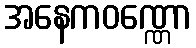
အနေကဝဏ္ဏော